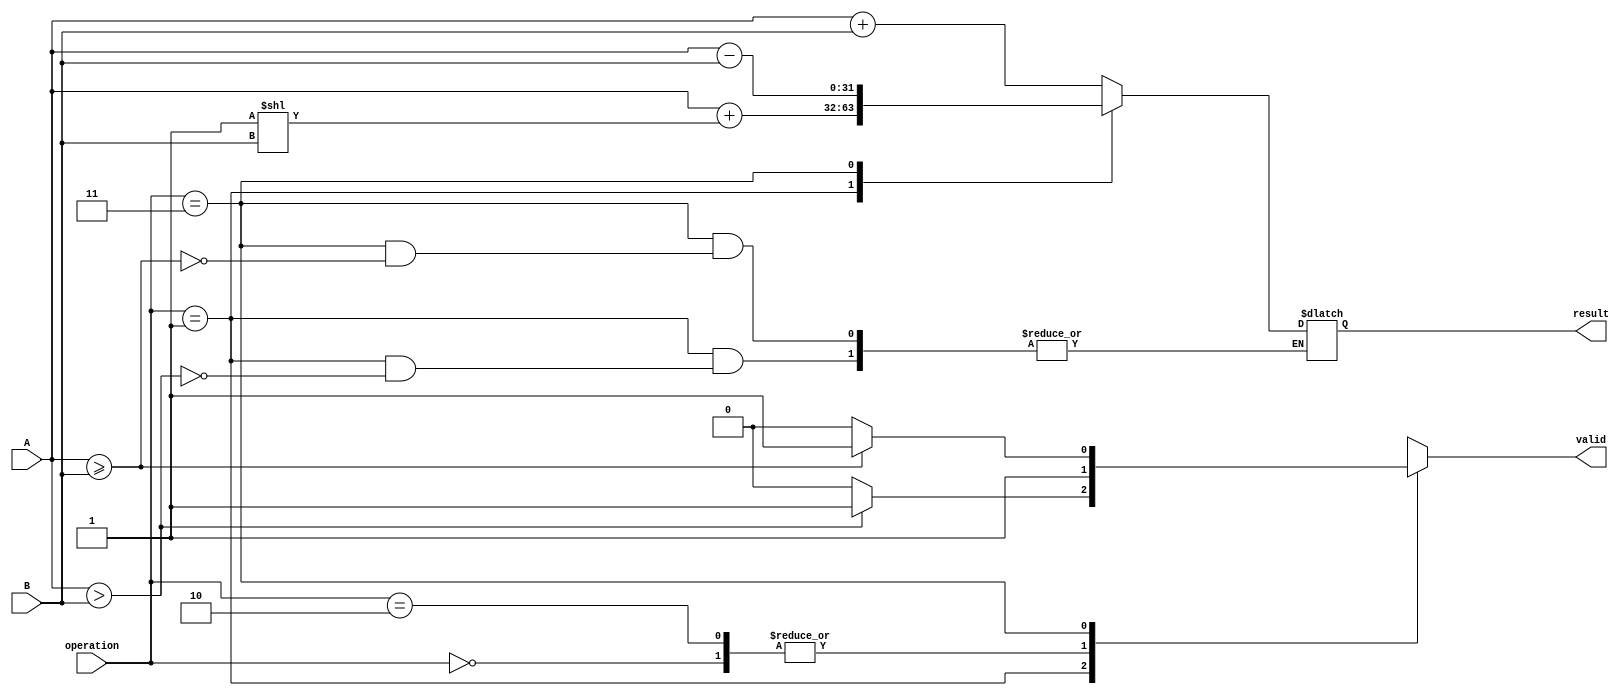
module LogarithmArithmeticBlock (
    input wire [31:0] A,         // Logarithmic input A
    input wire [31:0] B,         // Logarithmic input B
    input wire [1:0] operation,  // Control signal for operation: 00 - Add, 01 - Subtract, 10 - Multiply, 11 - Divide
    output reg [31:0] result,     // Result in logarithmic form
    output reg valid              // Valid output signal
);

    // Operation codes
    localparam ADD      = 2'b00;
    localparam SUBTRACT = 2'b01;
    localparam MULTIPLY = 2'b10;
    localparam DIVIDE   = 2'b11;

    always @(*) begin
        valid = 1'b1; // Assume the output is valid by default
        case (operation)
            ADD: begin
                // A + B = log(b^A + b^B)
                // Here we will use a simple approximation for demonstration
                // This should be replaced with actual antilogarithmic calculation
                result = A + B; // This is incorrect but serves as a placeholder
            end

            SUBTRACT: begin
                // A - B = log(b^A - b^B)
                // Ensure that the result is valid, i.e., b^A > b^B
                if (A > B) begin
                    result = A + (32'd1 << B); // Placeholder for log(b^A - b^B)
                end else begin
                    valid = 1'b0; // Invalid operation
                end
            end

            MULTIPLY: begin
                // A * B = log(b^A * b^B) = A + B
                result = A + B;
            end

            DIVIDE: begin
                // A / B = log(b^A / b^B) = A - B
                if (A >= B) begin
                    result = A - B;
                end else begin
                    valid = 1'b0; // Invalid operation
                end
            end

            default: begin
                valid = 1'b0; // Invalid operation code
            end
        endcase
    end

endmodule